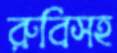
রুবিসহ